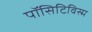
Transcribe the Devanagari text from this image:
पॉसिटिविस्म